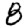
Digit: 8